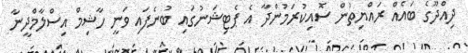
ދިއްދޫގެ ބައެއް ރައްޔިތުން ސޮއިކުރަމުންދާ އެ ޕެޓިޝަނުގައި ބުނެފައި ވަނީ ހާޝިމް އިސްލާމްދީނާ